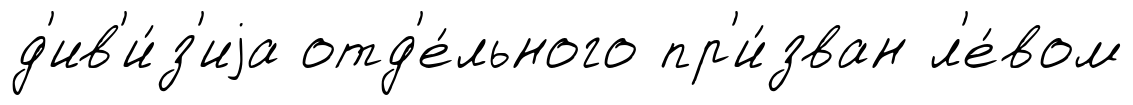
д'ив'и́з'иjа отд'е́льного пр'и́зван л'е́вом